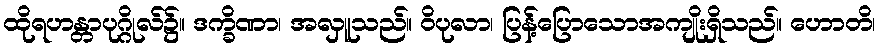
ထိုရဟန္တာပုဂ္ဂိုလ်၌။ ဒက္ခိဏာ၊ အလှူသည်။ ဝိပုလာ၊ ပြန့်ပြောသောအကျိုးရှိသည်။ ဟောတိ၊